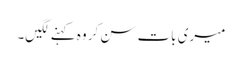
میری بات سن کر وہ کہنے لگیں۔